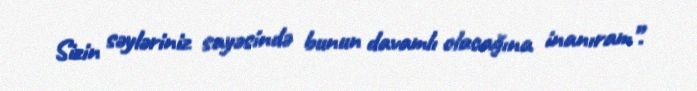
Sizin səyləriniz sayəsində bunun davamlı olacağına inanıram”.